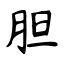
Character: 胆